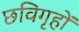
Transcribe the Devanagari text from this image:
छविगृहों